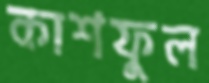
কাশফুল